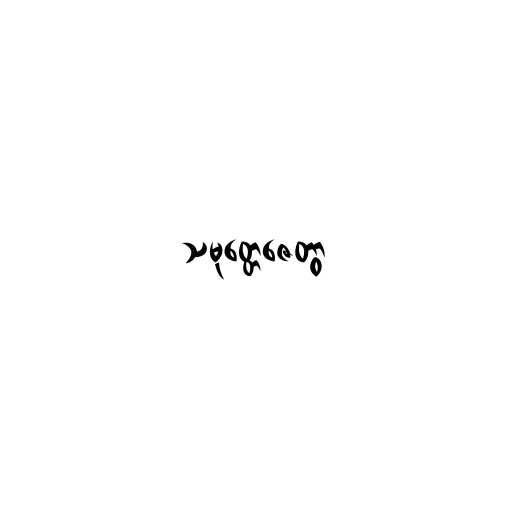
သမုတ္တေဇေတွာ